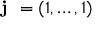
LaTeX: { \textbf { j } } = ( 1 , \dots , 1 )